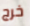
خرج